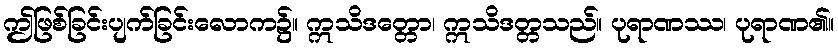
ဤဖြစ်ခြင်းပျက်ခြင်းလောက၌။ ဣသိဒတ္တော၊ ဣသိဒတ္တသည်။ ပုရာဏဿ၊ ပုရာဏ၏။